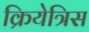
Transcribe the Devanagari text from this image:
क्रियेत्रिस